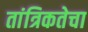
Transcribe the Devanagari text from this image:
तांत्रिकतेचा